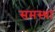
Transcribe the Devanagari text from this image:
समस्था